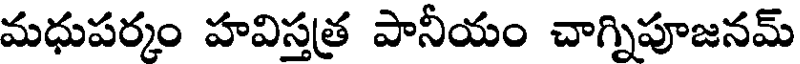
మధుపర్కం హవిస్తత్ర పానీయం చాగ్నిపూజనమ్